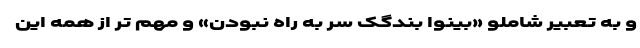
و به تعبیر شاملو «بینوا بندگکِ سر به راه نبودن» و مهم تر از همه این